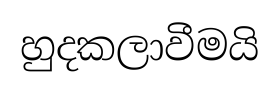
හුදකලාවීමයි